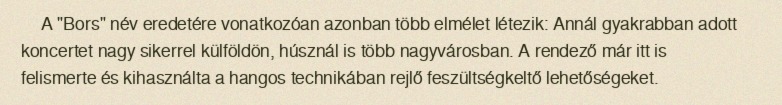
A "Bors" név eredetére vonatkozóan azonban több elmélet létezik: Annál gyakrabban adott koncertet nagy sikerrel külföldön, húsznál is több nagyvárosban. A rendező már itt is felismerte és kihasználta a hangos technikában rejlő feszültségkeltő lehetőségeket.